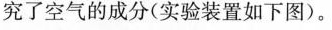
究了空气的成分(实验装置如下图)。